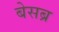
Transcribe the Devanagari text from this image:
बेसब्र